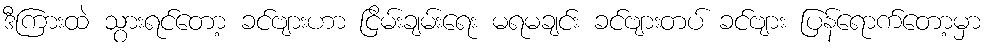
ဒီကြားထဲ သွားရင်တော့ ခင်ဗျားဟာ ငြိမ်းချမ်းရေး မရမချင်း ခင်ဗျားတပ် ခင်ဗျား ပြန်ရောက်တော့မှာ